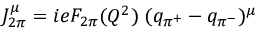
J _ { 2 \pi } ^ { \mu } = i e F _ { 2 \pi } ( Q ^ { 2 } ) \; ( q _ { \pi ^ { + } } - q _ { \pi ^ { - } } ) ^ { \mu }